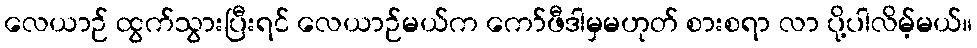
လေယာဉ် ထွက်သွားပြီးရင် လေယာဉ်မယ်က ကော်ဖီဒါမှမဟုတ် စားစရာ လာ ပို့ပါလိမ့်မယ်။